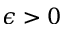
\epsilon > 0